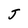
Character: J